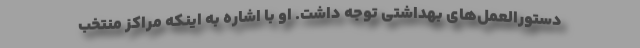
دستورالعمل‌های بهداشتی توجه داشت. او با اشاره به اینکه مراکز منتخب